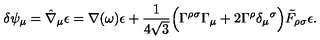
\delta \psi _ { \mu } = \hat { \nabla } _ { \mu } \epsilon = \nabla ( \omega ) \epsilon + { \frac { 1 } { 4 \sqrt 3 } } \Bigl ( \Gamma ^ { \rho \sigma } \Gamma _ { \mu } + 2 \Gamma ^ { \rho } \delta _ { \mu } { } ^ { \sigma } \Bigr ) \tilde { F } _ { \rho \sigma } \epsilon .